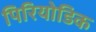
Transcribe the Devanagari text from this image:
पिरियोडिक